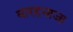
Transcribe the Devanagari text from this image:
बारहनाजा